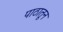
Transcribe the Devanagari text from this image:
पाठातून